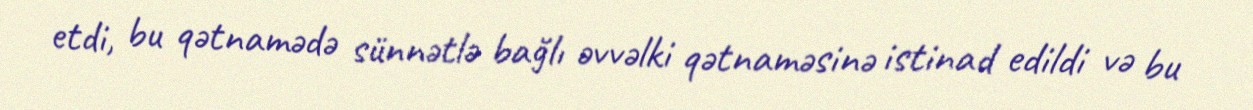
etdi, bu qətnamədə sünnətlə bağlı əvvəlki qətnaməsinə istinad edildi və bu